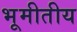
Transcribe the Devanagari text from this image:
भूमीतीय